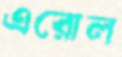
এরোল